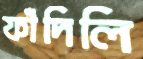
ফাঁদিলি